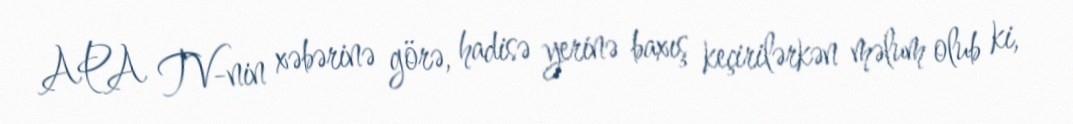
APA TV-nin xəbərinə görə, hadisə yerinə baxış keçirilərkən məlum olub ki,